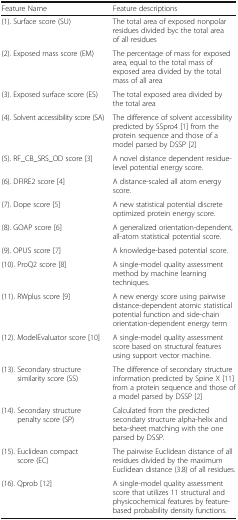
<table><thead><tr><td><b>Feature Name</b></td><td><b>Feature descriptions</b></td></tr></thead><tbody><tr><td>(1). Surface score (SU)</td><td>The total area of exposed nonpolar residues divided byc the total area of all residues</td></tr><tr><td>(2). Exposed mass score (EM)</td><td>The percentage of mass for exposed area, equal to the total mass of exposed area divided by the total mass of all area</td></tr><tr><td>(3). Exposed surface score (ES)</td><td>The total exposed area divided by the total area</td></tr><tr><td>(4). Solvent accessibility score (SA)</td><td>The difference of solvent accessibility predicted by SSpro4 [1] from the protein sequence and those of a model parsed by DSSP [2]</td></tr><tr><td>(5). RF_CB_SRS_OD score [3]</td><td>A novel distance dependent residue-level potential energy score.</td></tr><tr><td>(6). DFIRE2 score [4]</td><td>A distance-scaled all atom energy score.</td></tr><tr><td>(7). Dope score [5]</td><td>A new statistical potential discrete optimized protein energy score.</td></tr><tr><td>(8). GOAP score [6]</td><td>A generalized orientation-dependent, all-atom statistical potential score.</td></tr><tr><td>(9). OPUS score [7]</td><td>A knowledge-based potential score.</td></tr><tr><td>(10). ProQ2 score [8]</td><td>A single-model quality assessment method by machine learning techniques.</td></tr><tr><td>(11). RWplus score [9]</td><td>A new energy score using pairwise distance-dependent atomic statistical potential function and side-chain orientation-dependent energy term</td></tr><tr><td>(12). ModelEvaluator score [10]</td><td>A single-model quality assessment score based on structural features using support vector machine.</td></tr><tr><td>(13). Secondary structure similarity score (SS)</td><td>The difference of secondary structure information predicted by Spine X [11] from a protein sequence and those of a model parsed by DSSP [2]</td></tr><tr><td>(14). Secondary structure penalty score (SP)</td><td>Calculated from the predicted secondary structure alpha-helix and beta-sheet matching with the one parsed by DSSP.</td></tr><tr><td>(15). Euclidean compact score (EC)</td><td>The pairwise Euclidean distance of all residues divided by the maximum Euclidean distance (3.8) of all residues.</td></tr><tr><td>(16). Qprob [12]</td><td>A single-model quality assessment score that utilizes 11 structural and physicochemical features by feature-based probability density functions.</td></tr></tbody></table>